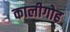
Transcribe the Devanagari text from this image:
कालीगोह